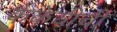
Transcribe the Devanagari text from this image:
कैकेयीची